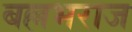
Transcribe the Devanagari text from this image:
बल्लभराज